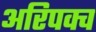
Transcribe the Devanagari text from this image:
अरिपक्व